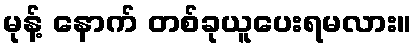
မုန့် နောက် တစ်ခုယူပေးရမလား။